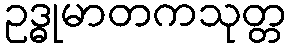
ဥဒ္ဓုမာတကသုတ္တ